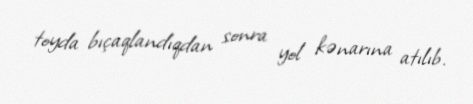
toyda bıçaqlandıqdan sonra yol kənarına atılıb.